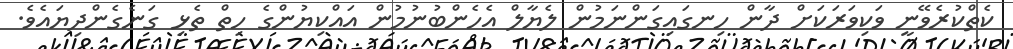
ކެތްކުރެވޭނީ ވަކިވަރަކަށް ދާން ހިނގައިގަންނަމުން ލެޔާލް އެހެންބުނުމުން އައްކިޔުންގެ ހިތް ތެޅި ގަނެގެންދިޔައެވެ.